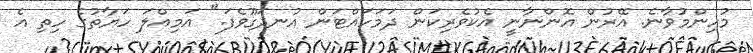
މުހިންމުވާނެ. އޭރުން އޮންނާނީ އެކުވެރިކަން ދަމަހައްޓަން އުނދަގޫވެފަ." އަމިއްލަ ހަޔާތުގެ ހިތި އެ